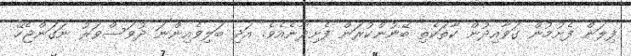
ފިލަން ފެށުމުން ގަވާއިދުން ކާތަކެތި ބޭނުންކުރަން ފެށިދާނެއެވެ. އަދި ބަލިވެއިންނަ ދުވަސްވަރު ނަގަންޖެހޭ